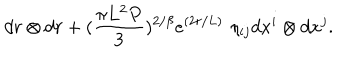
d r \otimes d r + ( { \frac { \pi L ^ { 2 } P } { 3 } } ) ^ { 2 / \beta } e ^ { ( 2 r / L ) } \, \, \eta _ { i j } d x ^ { i } \otimes d x ^ { j } .